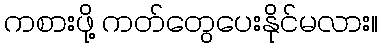
ကစားဖို့ ကတ်တွေပေးနိုင်မလား။